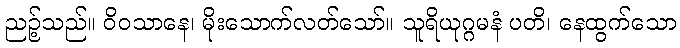
ညဉ့်သည်။ ဝိဝသာနေ၊ မိုးသောက်လတ်သော်။ သူရိယုဂ္ဂမနံ ပတိ၊ နေထွက်သော